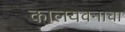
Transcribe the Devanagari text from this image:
कालयवनाचा